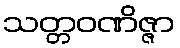
သတ္တဝဏိဇ္ဇာ